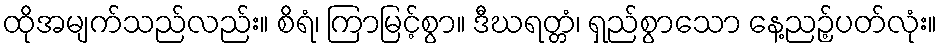
ထိုအမျက်သည်လည်း။ စိရံ၊ ကြာမြင့်စွာ။ ဒီဃရတ္တံ၊ ရှည်စွာသော နေ့ညဉ့်ပတ်လုံး။